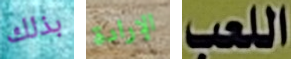
بذلك الإرادة اللعب